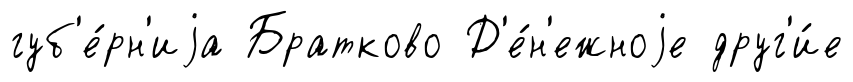
губ'е́рн'иjа Братково Д'е́н'ежноjе друг'и́е